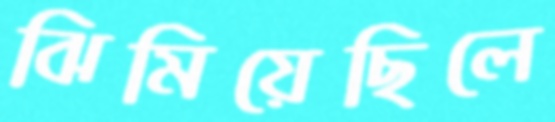
ঝিমিয়েছিলে